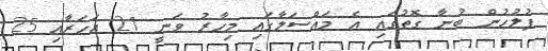
ފުލުހުން ބުނާ ގޮތުގައި އެ މައްސަލާގައި މިހާރު ވަނީ 21 އަހަރާއި 25